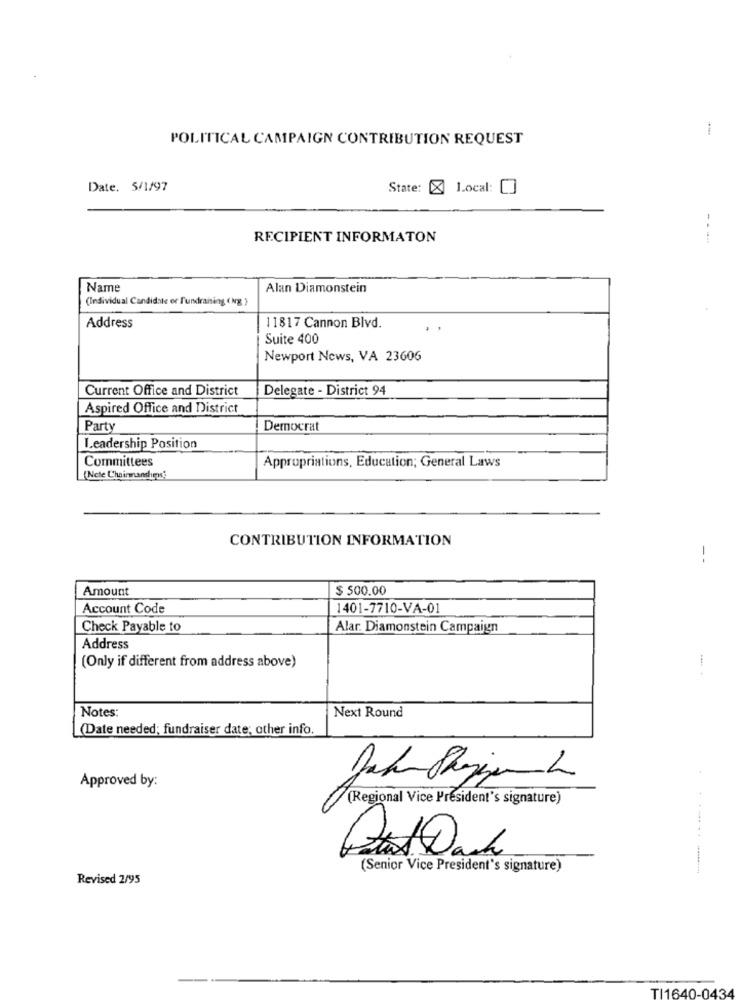
-
POLITICAL CAMPAIGN CONTRIBUTION REQUEST
Date. 5/1/97
State: X Local:
RECIPIENT INFORMATON
Name
Alan Diamonstein
(Individual Candidate or fundraising (Ng }
Address
11817 Cannon Blvd.
Suite 400
Newport News, VA 23606
Current Office and District
Delegate - District 94
Aspired Office and District
Party
Democrat
Leadership Position
Committees
Appropriations, Education; General Laws
(Nete Chairmandırn'
CONTRIBUTION INFORMATION
--
Amount
$ 500.00
Account Code
401-7710-VA-01
Check Payable to
Alar: Diamonstein Campaign
Address
(Only if different from address above)
Notes:
Next Round
(Date needed; fundraiser date; other info.
Approved by:
(Regional Vice President's signature)
(Senior Vice President's signature)
---------
Revised 2/95
TI1640-0434